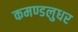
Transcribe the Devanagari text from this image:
कमण्डलुधर